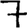
Digit: 7